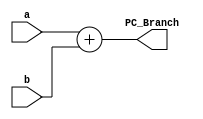
`timescale 1ns / 1ps
//////////////////////////////////////////////////////////////////////////////////
// Company: 
// Engineer: 
// 
// Design Name: 
// Module Name:    PC_Branch 
// Project Name: 
// Target Devices: 
// Tool versions: 
// Description: 
//
// Dependencies: 
//
// Revision: 
// Revision 0.01 - File Created
// Additional Comments: This adder adds SignImm from Sign Extend module (a) with the result from PCPlus4 (b). 
//
//////////////////////////////////////////////////////////////////////////////////
module PC_Branch( input [31:0] a,
						input [31:0] b,
						output [31:0] PC_Branch
						);
reg [31:0] temp;

	always @(*) begin
	temp <= a + b; 
	end 
	
	assign PC_Branch = temp;

endmodule